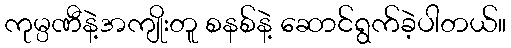
ကုမ္ပဏီနဲ့အကျိုးတူ စနစ်နဲ့ ဆောင်ရွက်ခဲ့ပါတယ်။